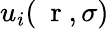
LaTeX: u_{i}(\mathrm{~\mathbf~r~},\sigma)